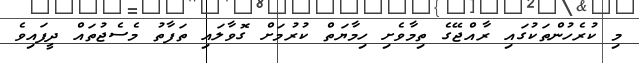
މި ކުރެހުންތަކުގައި ރާއްޖޭގެ ތިމާވެށި ހިމާޔަތް ކުރުމަށް ގޮވާލައި ތަފާތު މެސެޖުތައް ދީފައިވެ